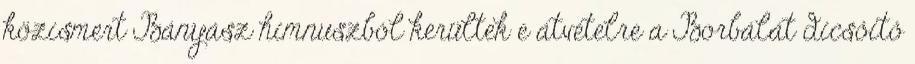
közismert Bányász himnuszból kerültek e átvételre a Borbálát dicsőítő